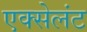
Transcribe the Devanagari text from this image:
एक्सेलंट